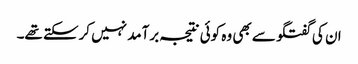
ان کی گفتگو سے بھی وہ کوئی نتیجہ برآمد نہیں کرسکتے تھے۔